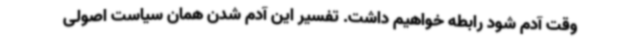
وقت آدم شود رابطه خواهیم داشت. تفسیر این آدم شدن همان سیاست اصولی